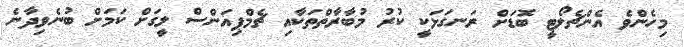
މިހެންވެ އެންޗެލޯޓީ ބޮޑަށް ރަނގަޅަކީ ކުރު މުބާރާތްތަކާއި ޗެމްޕިއަންސް ލީގަށް ކަމަށް ބުނެވިދާނެ